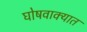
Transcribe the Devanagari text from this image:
घोषवाक्यात